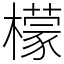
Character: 檬